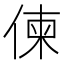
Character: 𠋖